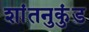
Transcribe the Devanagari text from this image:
शांतनुकुंड